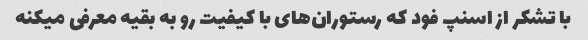
با تشکر از اسنپ فود که رستوران‌های با کیفیت رو به بقیه معرفی میکنه